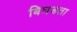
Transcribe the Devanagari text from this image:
बिघडता